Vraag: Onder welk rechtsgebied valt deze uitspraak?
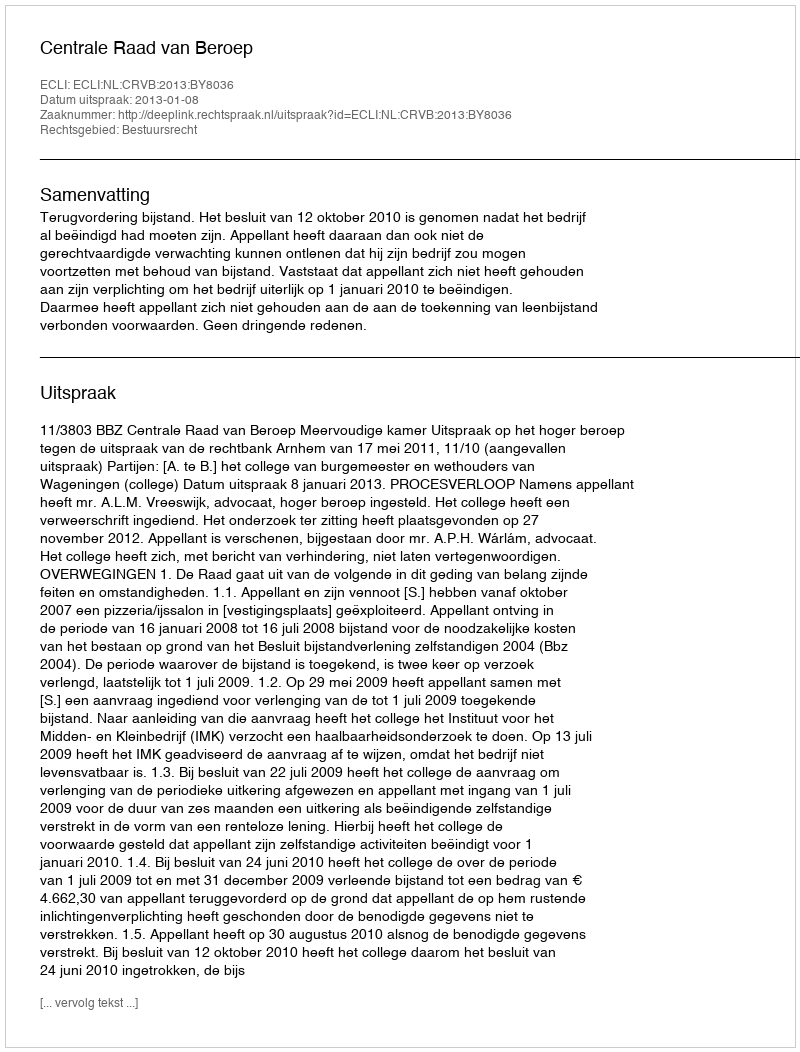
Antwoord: Bestuursrecht